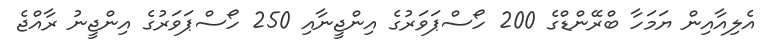
އެލިއާއިން ޔަމަހާ ބްރޭންޑްގެ 200 ހޯސްޕަވަރުގެ އިންޖީނާއި 250 ހޯސްޕަވަރުގެ އިންޖީނު ރާއްޖެ